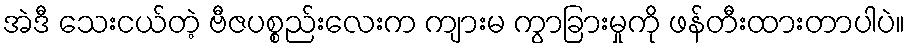
အဲဒီ သေးငယ်တဲ့ ဗီဇပစ္စည်းလေးက ကျားမ ကွာခြားမှုကို ဖန်တီးထားတာပါပဲ။